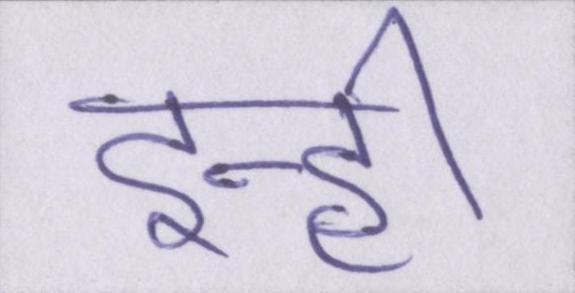
इन्ही